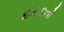
દમકતો